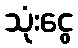
သုံးငွေ